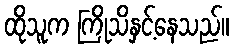
ထိုသူက ကြိုသိနှင့်နေသည်။